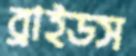
ব্রাইডস